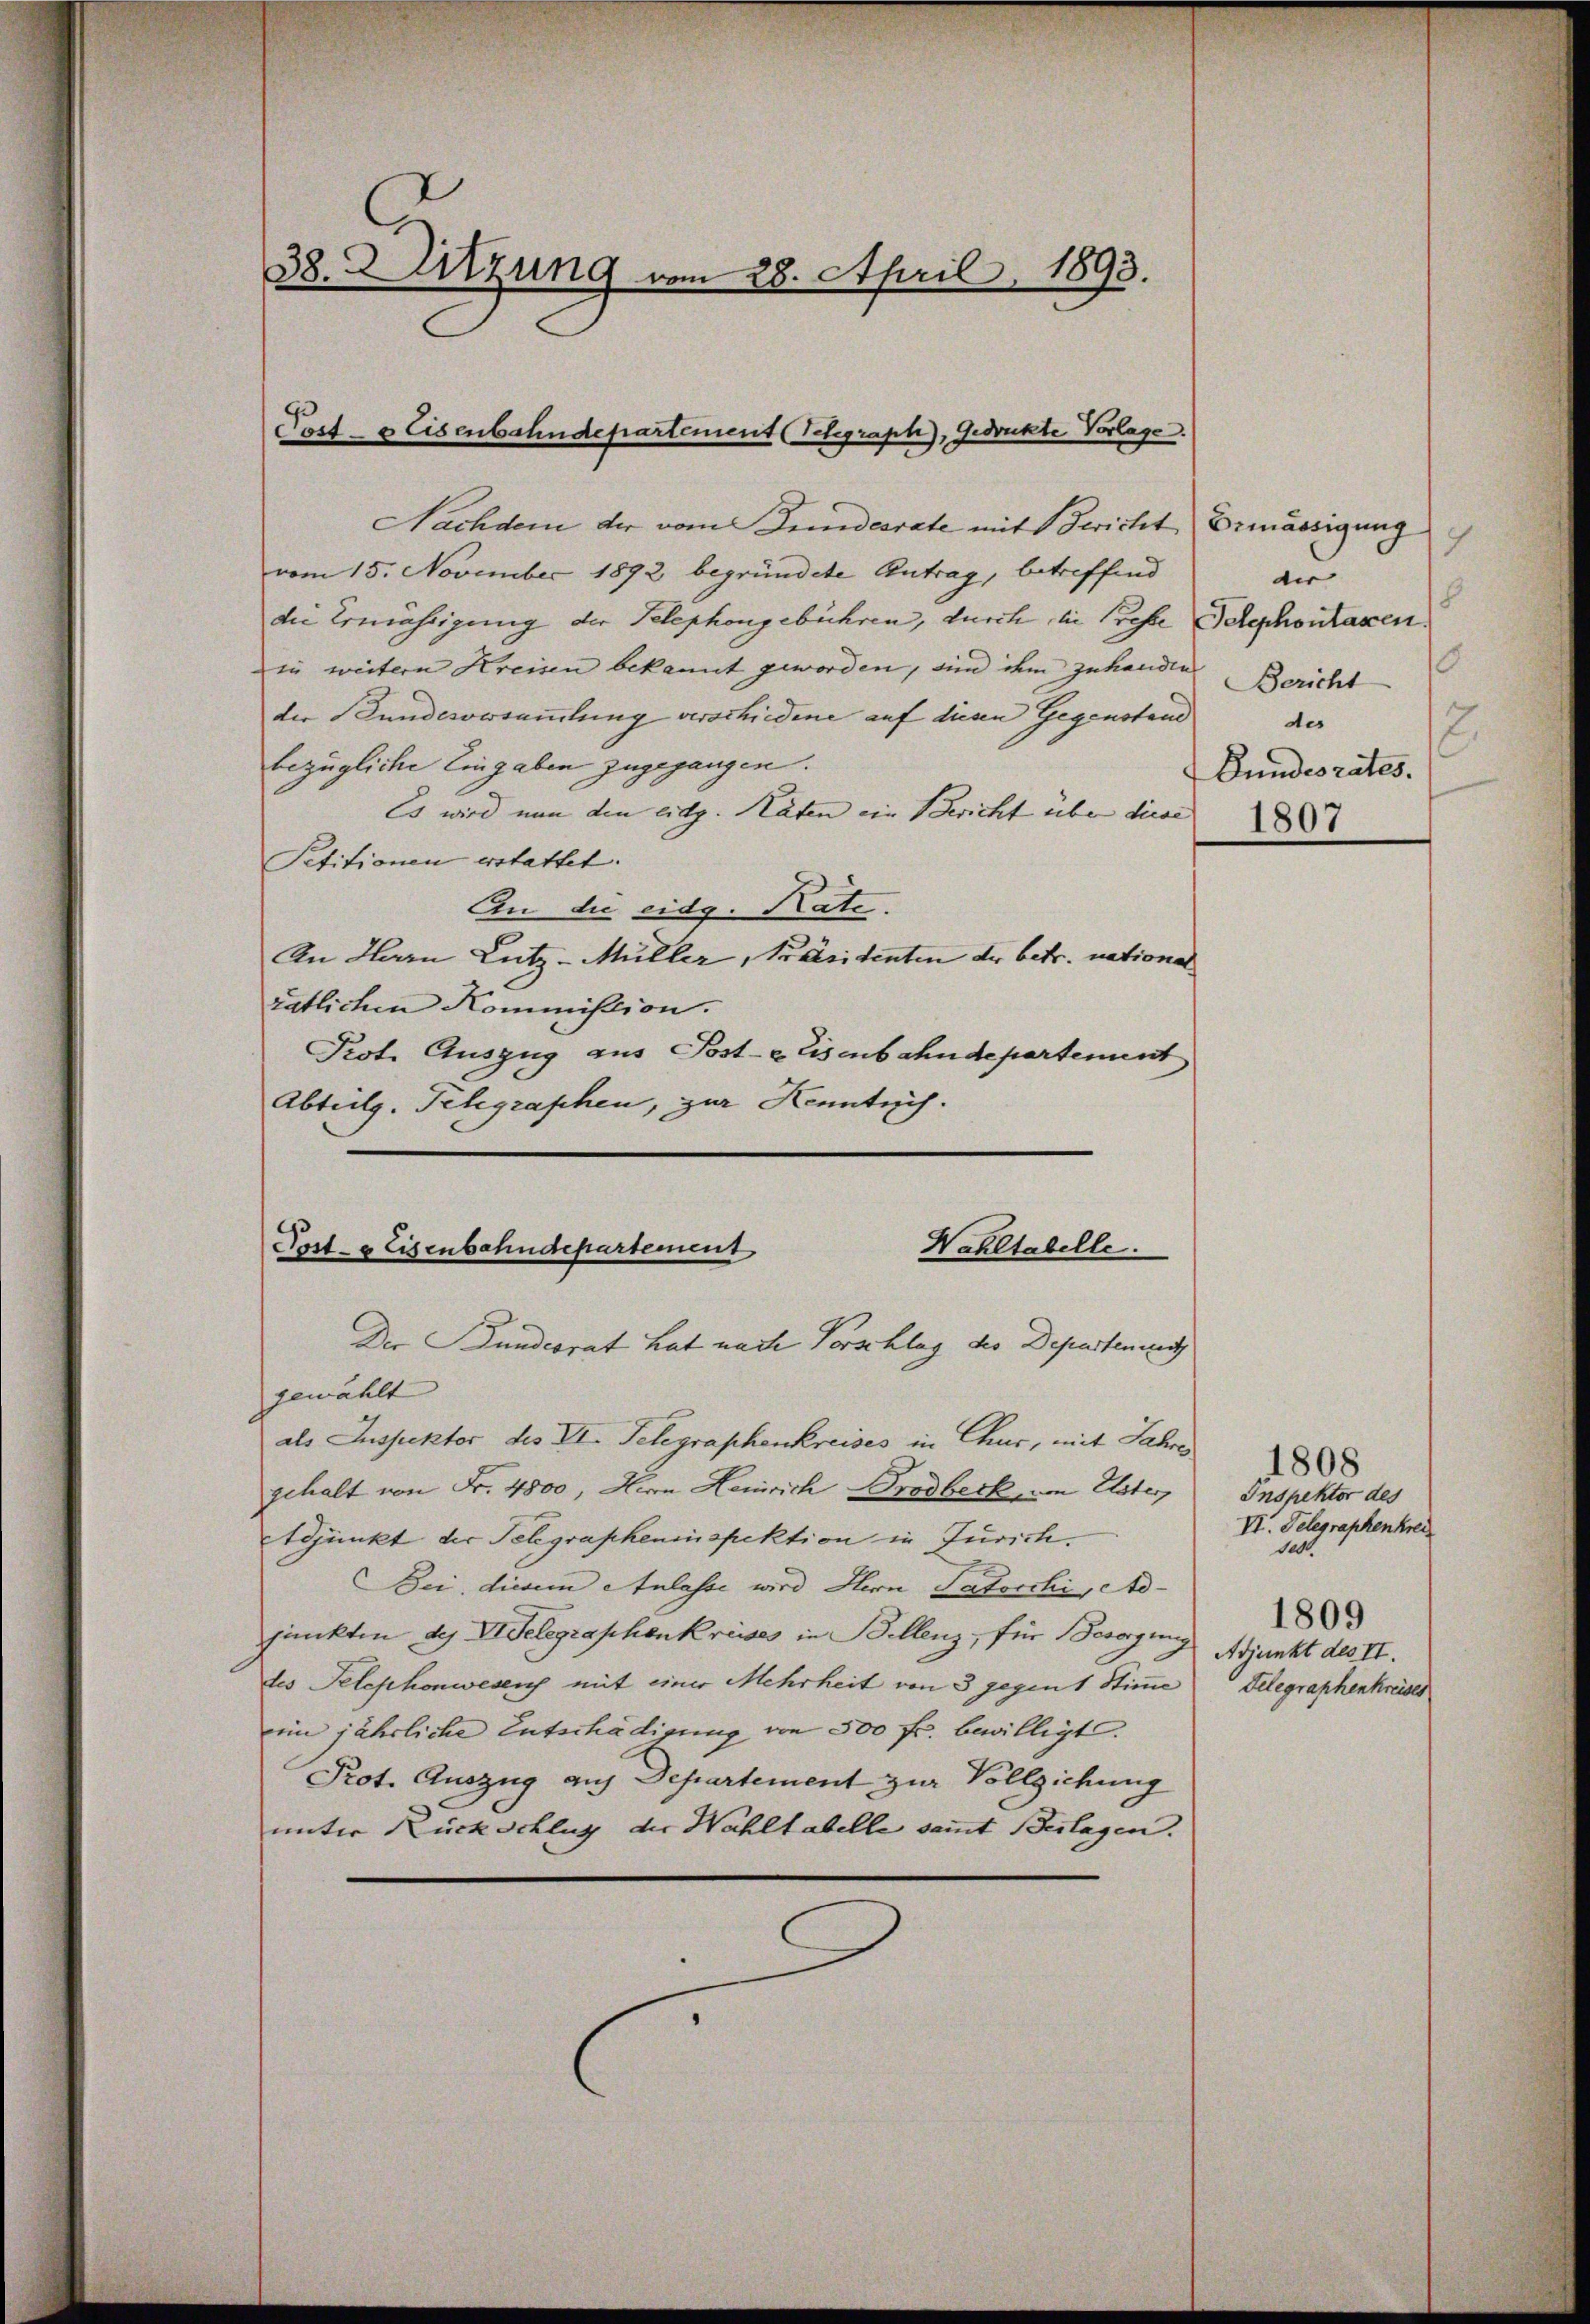
38. Sitzung vom 28. April 1893.

Post- & Eisenbahndepartement (Schgraph, Gedruckte Vorlage.

Nachdem der vom Bundesrate mit Zwicht, Ermässigung
vom 15. November 1892 begründete Antrag, betreffend
die Ermässigung der Telephongebühren, durch die Presse Telephontaxen,
in weitern Kreisen bekannt geworden, sind ihm zuhanden Bericht
der Landvorsammlung verschiedene auf diesen Gegenstand
bezügliche Eingaben zugegangen.
Es wird man den eidg. Raten ein Bericht über diese
Petitionen erstattet.
An die eidg. Rate.
An Herrn Lutz-Müller, Praesidenten der betr. national
rätlichen Kommission.
Prot. Auszug aus Post- & Eisenbahndepartement
Abteilg. Telegraphen, zur Kenntnis.
Wahltabelle.
Post- & Eisenbahndepartement

Der Bundesrat hat nach Vorschlag des Departenues

c
der |
18
des
2
Bundesrates.
1807.

gewählt
als Inspektor des VI. Telegraphenkreises in Chur, mit Jahres
gehalt von Fr. 4800, Herrn Henrich Drodbeck, von Uster,
Adjunkt der Telegrapheninspektion in Jurich.
Bei diesem Anlasse wird Ihern Patocchi, Adjunkten des Delegraphenkreises in Bellenz, für Besorgung
des Telephonwesen mit einer Mehrheit von 3 gegen 1 Stimme
ein jährliche Entschädigung von 500 fr. bewilligt.
Prot. Auszug auf Departement zur Vollziehung
unter Rückschlug der Wohltabelle sammt Beilagen.

1808
Inspektor des
VI. Delegraphenkrei
se
1809
Adjunkt des II.
Telegraphenkreises